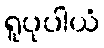
ရူပုပါယံ